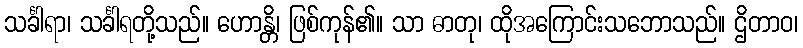
သင်္ခါရာ၊ သင်္ခါရတို့သည်။ ဟောန္တိ၊ ဖြစ်ကုန်၏။ သာ ဓာတု၊ ထိုအကြောင်းသဘောသည်။ ဌိတာဝ၊